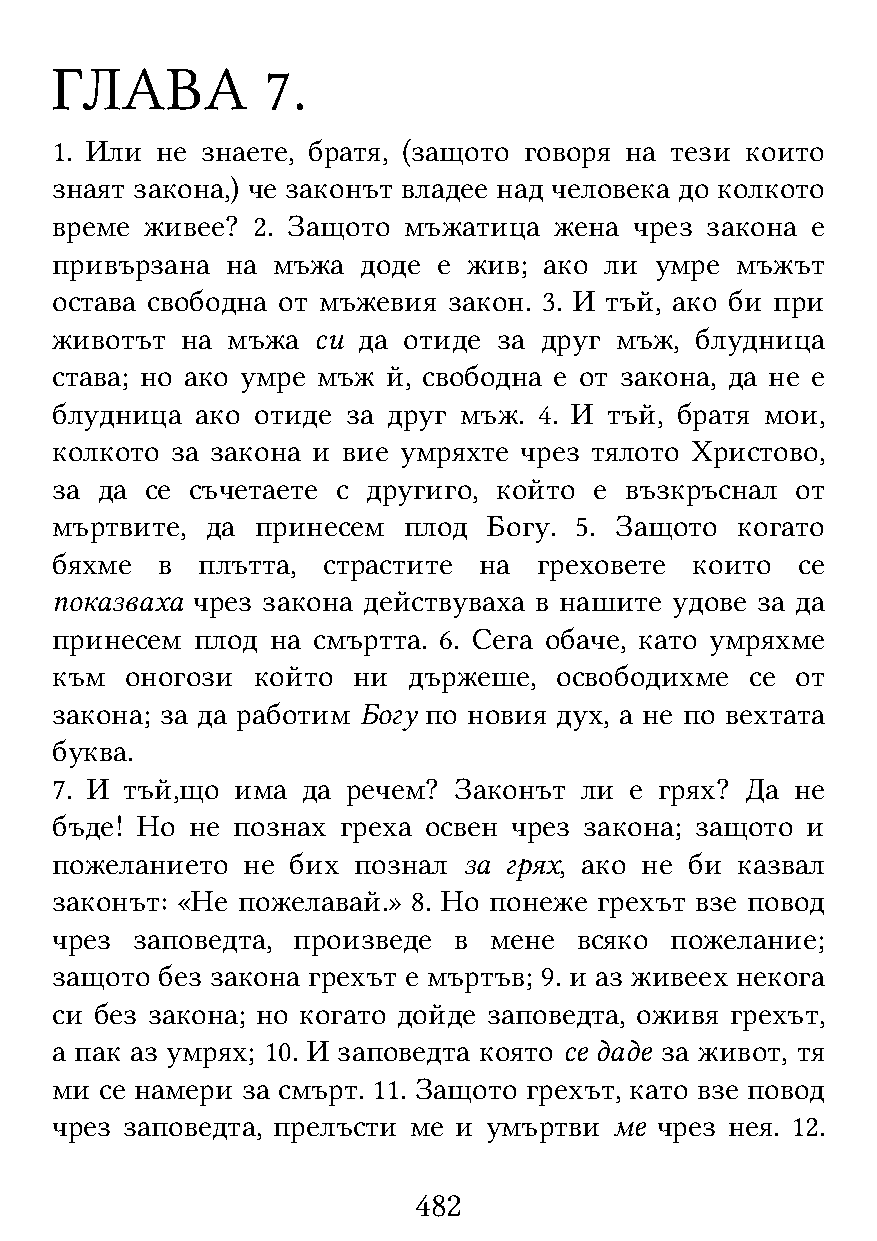
ГЛАВА          7.
 1. Или не знаете, братя, (защото говоря на тези които
 знаят закона,) че законът владее над человека до колкото
 време  живее? 2. Защото мъжатица  жена чрез закона е
 привързана  на мъжа  доде е жив; ако ли умре  мъжът
 остава свободна от мъжевия закон. 3. И тъй, ако би при
 животът  на мъжа  си да отиде за друг мъж, блудница
 става; но ако умре мъж й, свободна е от закона, да не е
 блудница  ако отиде за друг мъж. 4. И тъй, братя мои,
 колкото за закона и вие умряхте чрез тялото Христово,
 за да  се съчетаете с другиго, който е възкръснал от
 мъртвите,  да принесем  плод Богу. 5. Защото  когато
 бяхме  в  плътта, страстите  на  греховете които  се
 показваха чрез закона действуваха в нашите удове за да
 принесем  плод на смъртта. 6. Сега обаче, като умряхме
 към  оногози  който ни  държеше,  освободихме  се от
 закона; за да работим Богу по новия дух, а не по вехтата
 буква.
 7. И тъй,що  има да речем? Законът ли  е грях? Да не
 бъде! Но  не познах греха освен чрез закона; защото и
 пожеланието  не бих познал  за грях, ако не би казвал
 законът: «Не пожелавай.» 8. Но понеже грехът взе повод
 чрез  заповедта, произведе в мене  всяко пожелание;
 защото без закона грехът е мъртъв; 9. и аз живеех некога
 си без закона; но когато дойде заповедта, оживя грехът,
 а пак аз умрях; 10. И заповедта която се даде за живот, тя
 ми  се намери за смърт. 11. Защото грехът, като взе повод
 чрез заповедта, прелъсти ме и умъртви ме чрез нея. 12.
 482